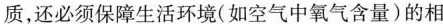
质，还必须保障生活环境(如空气中氧气含量)的相